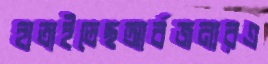
হাতাইতেছআর্বজনারএ